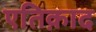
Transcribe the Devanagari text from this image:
एतिक़ाद